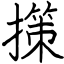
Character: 㩍